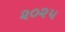
૨૦૨૫